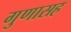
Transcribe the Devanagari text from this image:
गुणासह